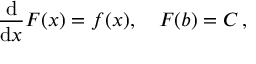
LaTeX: \frac { \mathrm { d } } { \mathrm { d } x } F ( x ) = f ( x ) , \quad F ( b ) = C \, ,